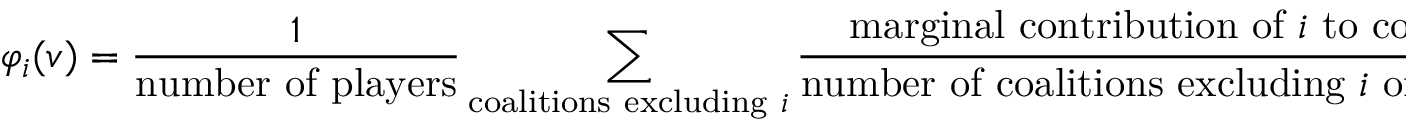
\varphi _ { i } ( v ) = { \frac { 1 } { \mathrm { n u m b e r ~ o f ~ p l a y e r s } } } \sum _ { { \mathrm { c o a l i t i o n s ~ e x c l u d i n g ~ } } i } { \frac { { \mathrm { m a r g i n a l ~ c o n t r i b u t i o n ~ o f ~ } } i { \mathrm { ~ t o ~ c o a l i t i o n } } } { { \mathrm { n u m b e r ~ o f ~ c o a l i t i o n s ~ e x c l u d i n g ~ } } i { \mathrm { ~ o f ~ t h i s ~ s i z e } } } }